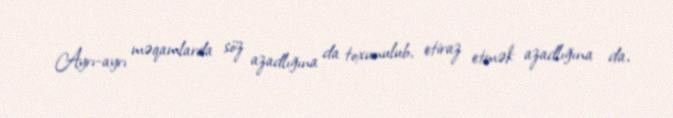
Ayrı-ayrı məqamlarda söz azadlığına da toxunulub, etiraz etmək azadlığına da,